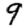
Digit: 9